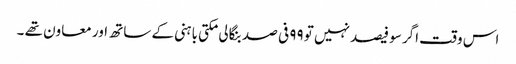
اس وقت اگر سو فیصد نہیں تو ۹۹ فی صد بنگالی مکتی باہنی کے ساتھ اور معاون تھے ۔